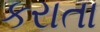
કરાતા